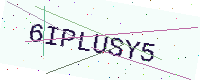
Text: 6IPLUSY5